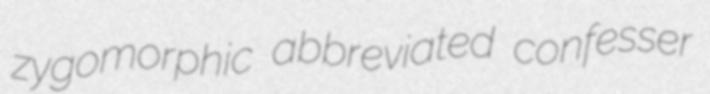
zygomorphic abbreviated confesser